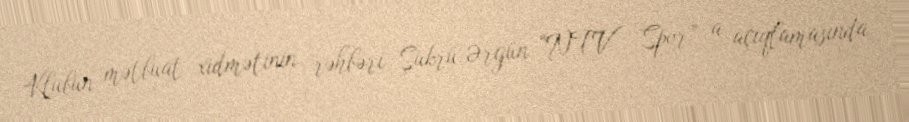
Klubun mətbuat xidmətinin rəhbəri Şükrü Ərgün “NTV Spor” a açıqlamasında